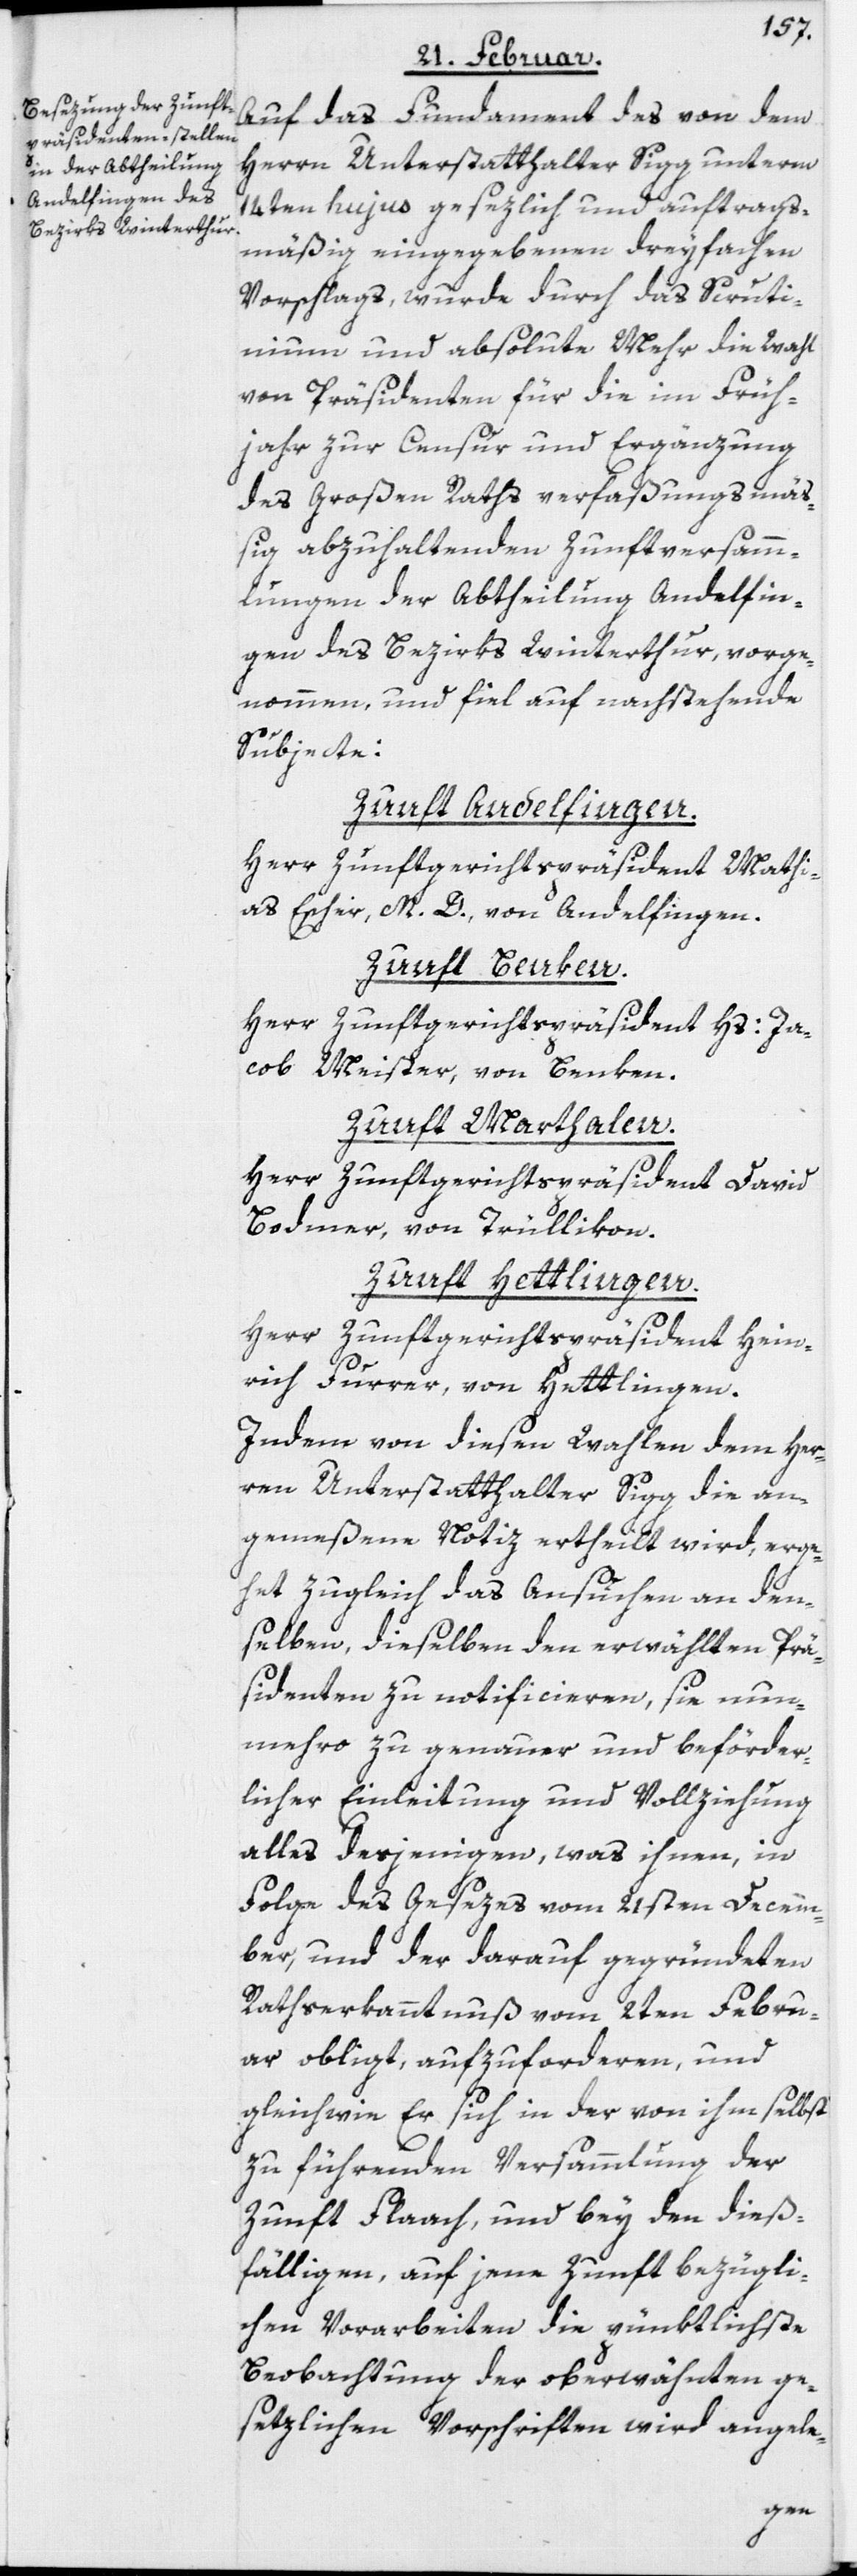
Auf das Fundament des von dem
Herrn Unterstatthalter Sigg unterm
14ten hujus gesezlich und auftrags¬
mäßig eingegebenen dreyfachen
Vorschlags, wurde durch das Scruti¬
nium und absolute Mehr die Wahl
von Präsidenten für die im Früh¬
jahr zur Censur und Ergänzung
des Großen Raths verfaßungsmä¬
ßig abzuhaltenden Zunftversamm¬
lungen der Abtheilung Andelfin¬
gen des Bezirks Winterthur, vorge¬
nommen, und fiel auf nachstehende
Subjecte:
Zunft Andelfingen.
Herr Zunftgerichtspräsident Mathi¬
as Escher, M. D., von Andelfingen.
Zunft Benken.
Herr Zunftgerichtspräsident Hs: Ja¬
cob Meister, von Benken.
Zunft Marthalen.
Herr Zunftgerichtspräsident David
Bodmer, von Trüllikon.
Zunft Hettlingen.
Herr Zunftgerichtspräsident Hein¬
rich Furrer, von Hettlingen.
Indem von diesen Wahlen dem Her¬
rn Unterstatthalter Sigg die an¬
gemeßene Notiz ertheilt wird, erge¬
het zugleich das Ansuchen an den¬
selben, dieselben den erwählten Prä¬
sidenten zu notificieren, sie nun¬
mehro zu genauer und beförder¬
licher Einleitung und Vollziehung
alles desjenigen, was ihnen, in
Folge des Gesezes vom 21sten Decem¬
ber, und der darauf gegründeten
Rathserkanntnuß vom 2ten Febru¬
ar obligt, aufzuforderen, und
gleichwie Er sich in der von ihm selbst
zu führenden Versammlung der
Zunft Flaach, und bey den dieß¬
fälligen, auf jene Zunft bezügli¬
chen Vorarbeiten die pünktlichste
Beobachtung der oberwähnten ge¬
setzlichen Vorschriften wird angele-